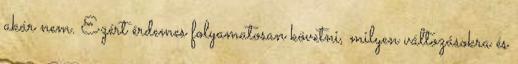
akár nem. Ezért érdemes folyamatosan követni, milyen változásokra és